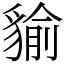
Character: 貐